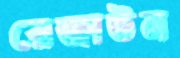
রেজাউন